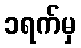
၁ရက်မှ